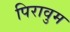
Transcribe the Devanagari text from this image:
पिरावुम